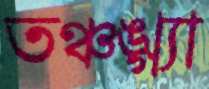
তঞ্চঙ্গ্যা